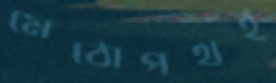
মেঠোপথই